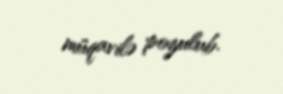
müqavilə pozulub.